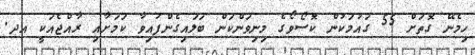
ހިމެނޭ ގޮތަށް 55 ގައުމަކުން ކޮސޯވޯގެ މިނިވަންކަން ބަލައިގެންފައިވާ ކަމަށާއި ރާއްޖެއަކީ އދ.